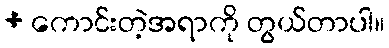
+ ကောင်းတဲ့အရာကို တွယ်တာပါ။